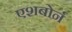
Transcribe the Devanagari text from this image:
एशबोर्न